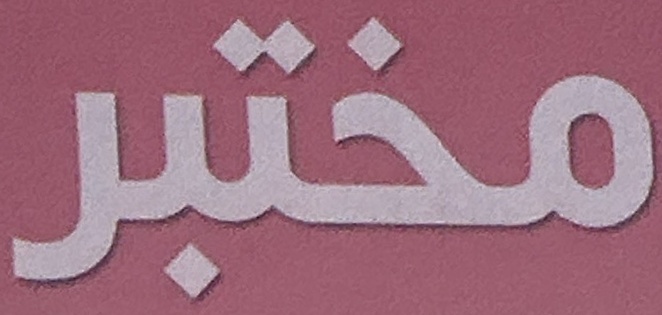
مختبر